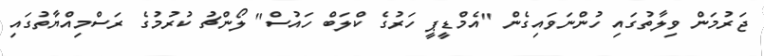
ޖަރުމަން ވިލާތުގައި ހުންނަވައިގެން "އެމްޑީޕީ ހަރުގެ ކްލަބް ހައުސް" ލޯންޗު ކުރުމުގެ ރަސްމިއްޔާތުގައި